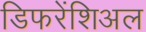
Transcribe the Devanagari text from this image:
डिफरेंशिअल